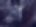
ব